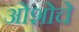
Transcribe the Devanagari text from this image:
ओशोचे